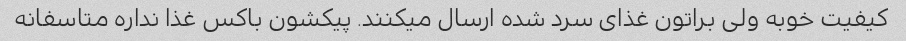
کیفیت خوبه ولی براتون غذای سرد شده ارسال میکنند. پیکشون باکس غذا نداره متاسفانه